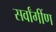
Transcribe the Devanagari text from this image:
सर्वांगींण